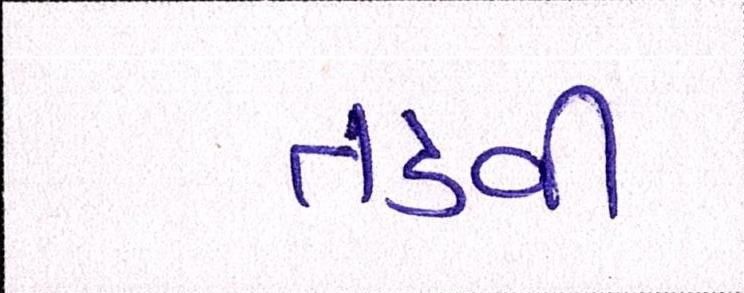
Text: તડવી